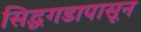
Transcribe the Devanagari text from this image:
सिद्धगडापासून